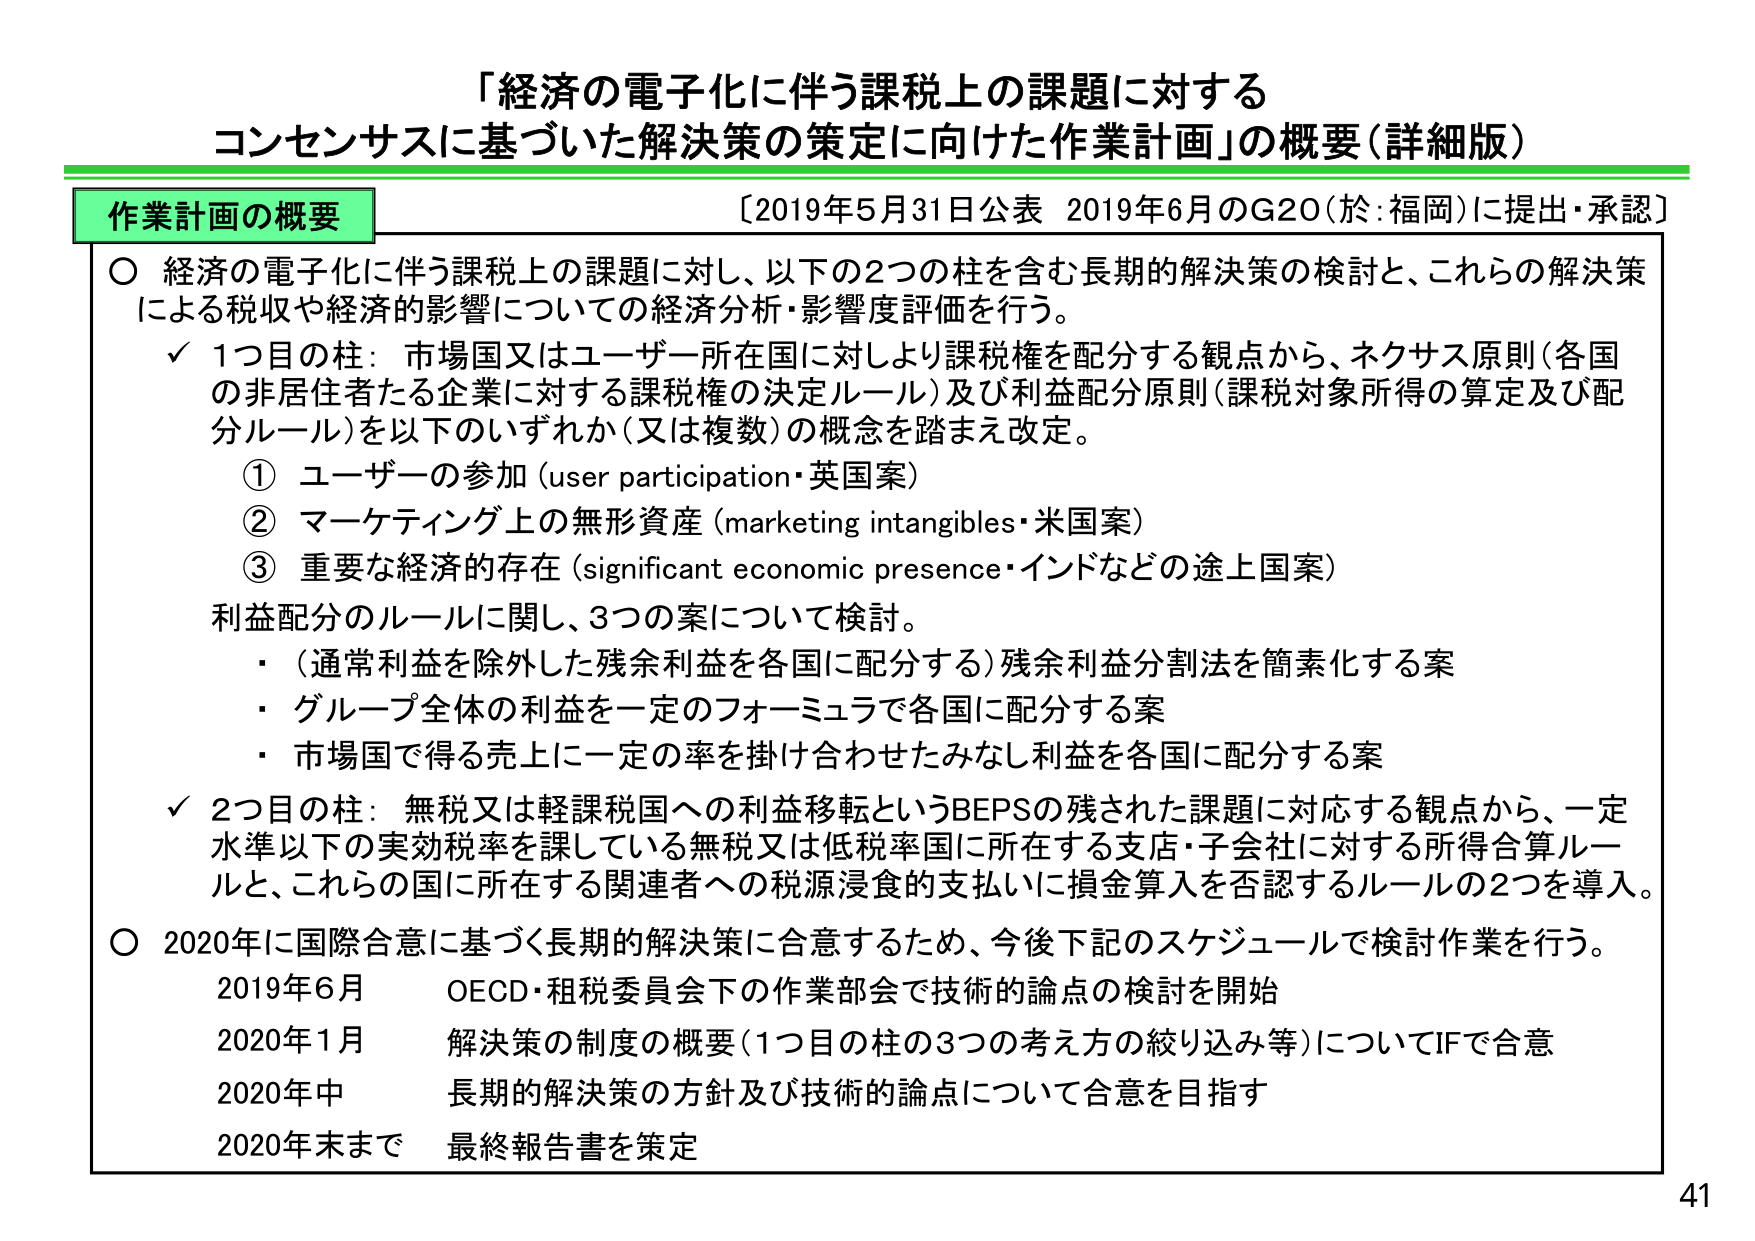
「経済の電子化に伴う課税上の課題に対する
コンセンサスに基づいた解決策の策定に向けた作業計画」の概要（詳細版）

〔2019年5月31日公表 2019年6月のG20（於：福岡）に提出・承認〕

作業計画の概要

○ 経済の電子化に伴う課税上の課題に対し、以下の2つの柱を含む長期的解決策の検討と、これらの解決策による税収や経済的影響についての経済分析・影響度評価を行う。

✓ 1つ目の柱：市場国又はユーザー所在国に対しより課税権を配分する観点から、ネクサス原則（各国の非居住者たる企業に対する課税権の決定ルール）及び利益配分原則（課税対象所得の算定及び配分ルール）を以下のいずれか（又は複数）の概念を踏まえ改定。
　① ユーザーの参加（user participation・英国案）
　② マーケティング上の無形資産（marketing intangibles・米国案）
　③ 重要な経済的存在（significant economic presence・インドなどの途上国案）
利益配分のルールに関し、3つの案について検討。
　・（通常利益を除外した残余利益を各国に配分する）残余利益分割法を簡素化する案
　・グループ全体の利益を一定のフォーミュラで各国に配分する案
　・市場国で得る売上に一定の率を掛け合わせたみなし利益を各国に配分する案

✓ 2つ目の柱：無税又は軽課税国への利益移転というBEPSの残された課題に対応する観点から、一定水準以下の実効税率を課している無税又は低税率国に所在する支店・子会社に対する所得合算ルールと、これらの国に所在する関連者への税源浸食的支払いに損金算入を否認するルールの2つを導入。

○ 2020年に国際合意に基づく長期的解決策に合意するため、今後下記のスケジュールで検討作業を行う。
　2019年6月　OECD・租税委員会下の作業部会で技術的論点の検討を開始
　2020年1月　解決策の制度の概要（1つ目の柱の3つの考え方の絞り込み等）についてIFで合意
　2020年中　長期的解決策の方針及び技術的論点について合意を目指す
　2020年末まで　最終報告書を策定

41